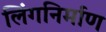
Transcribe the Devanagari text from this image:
लिंगनिर्माण